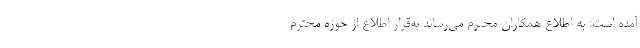
آمده است: به اطلاع همکاران محترم می‌رساند به‌قرار اطلاع از حوزه محترم